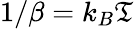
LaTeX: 1/\beta=k_{B}\mathfrak{T}